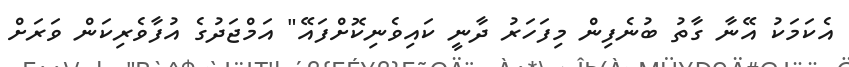
އެކަމަކު އޭނާ ގާތު ބުނެފިން މިފަހަރު ދާނީ ކައިވެނިކޮށްފައޭ" އަމްޖަދުގެ އުފާވެރިކަން ވަރަށް